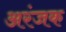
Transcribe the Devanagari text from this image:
अरंजक